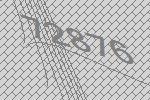
72876